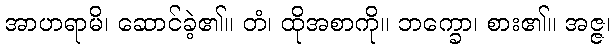
အာဟရာမိ၊ ဆောင်ခဲ့၏။ တံ၊ ထိုအစာကို။ ဘက္ခော၊ စား၏။ အဇ္ဇ၊